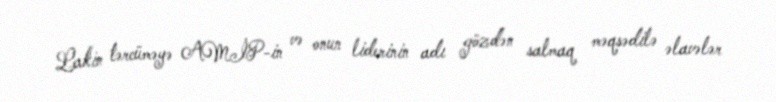
Lakin tərcüməyə AMİP-in və onun liderinin adı gözdən salmaq məqsədilə əlavələr